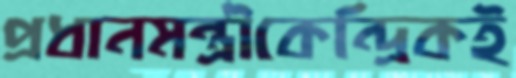
প্রধানমন্ত্রীকেন্দ্রিকই